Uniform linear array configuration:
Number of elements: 12
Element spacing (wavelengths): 0.25
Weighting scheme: hamming
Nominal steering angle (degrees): -45
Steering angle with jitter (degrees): -44.847
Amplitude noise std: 0.05
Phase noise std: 0.05

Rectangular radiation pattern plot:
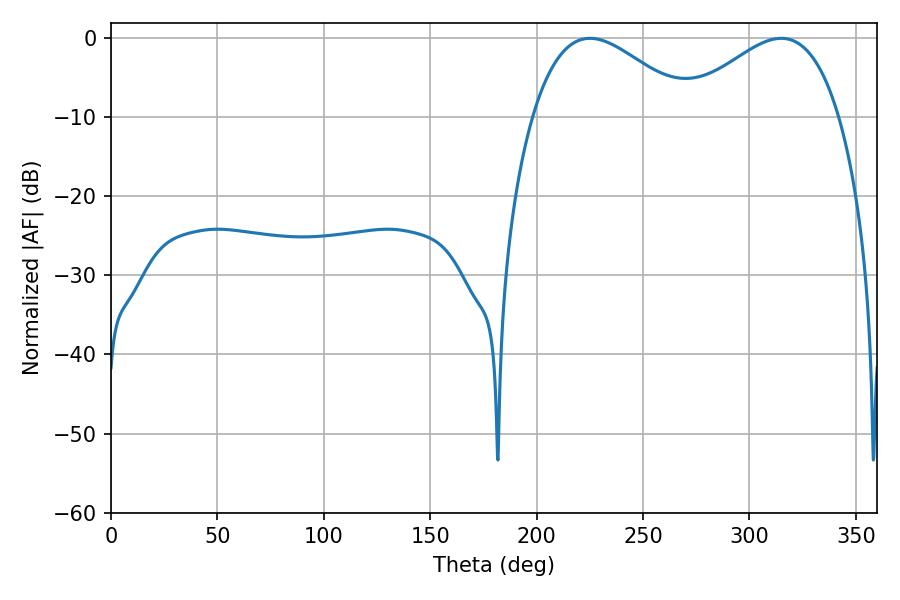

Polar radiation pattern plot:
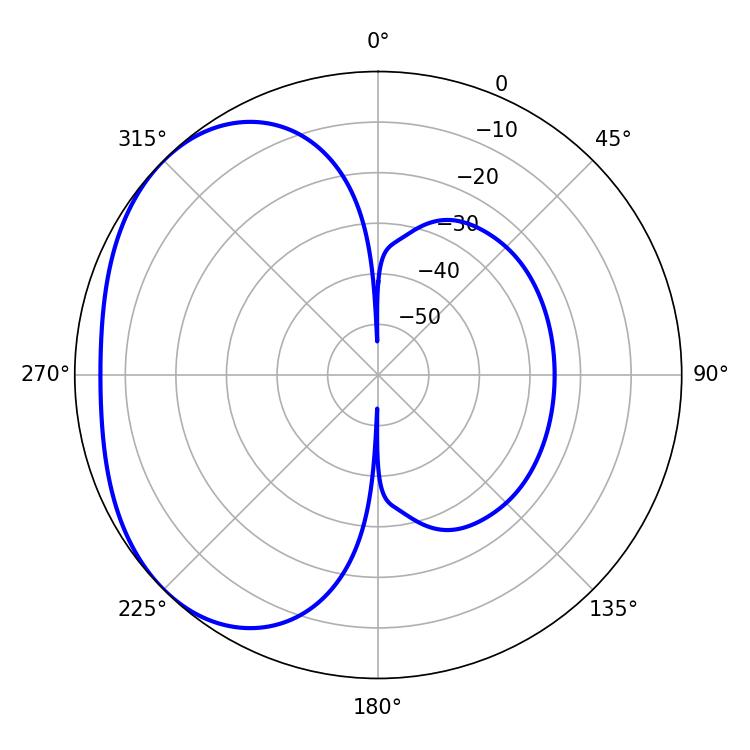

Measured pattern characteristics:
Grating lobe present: FALSE
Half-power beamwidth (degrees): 40.14
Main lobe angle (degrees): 225